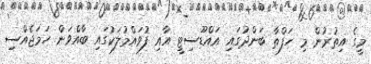
މީގެ އިތުރުން މި ހަފްތާ ބަންދުގައި އައްޑޫސިޓީ އާއި ފުވައްމުލަކުގައި ބާއްވަން ހަމަޖެއްސި